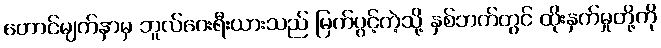
တောင်မျက်နှာမှ ဘူလ်ဂေးရီးယားသည် မြက်ပွင့်ကဲ့သို့ နှစ်ဘက်တွင် ထိုးနှက်မှုတို့ကို